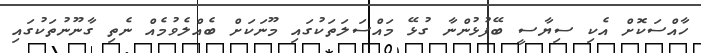
ހާއްސަކޮށް އެކި ސިޔާސީ ބޭފުޅުންނާ ގުޅޭ މައްސަލަތަކުގައި މޫނަކަށް ބެއްލެވުމެއް ނެތި ގާނޫނުތަކުގައި